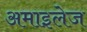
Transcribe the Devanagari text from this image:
अमाइलेज